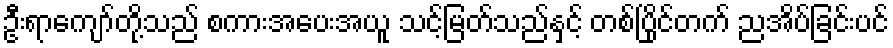
ဦးရာကျော်တို့သည် စကားအပေးအယူ သင့်မြတ်သည်နှင့် တစ်ပြိုင်တက် ညအိပ်ခြင်းပင်